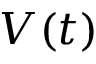
V ( t )